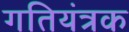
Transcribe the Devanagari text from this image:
गतियंत्रक